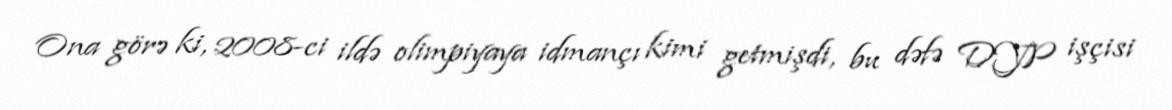
Ona görə ki, 2008-ci ildə olimpiyaya idmançı kimi getmişdi, bu dəfə DYP işçisi